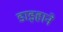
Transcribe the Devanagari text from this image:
डाइहाने